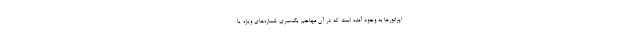
اپراتورها به وجود آمده است که در آن مهاجم یک‌سری شماره‌های ویژه یا